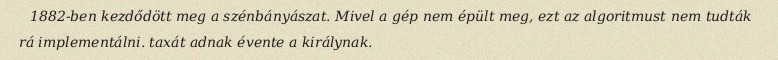
1882-ben kezdődött meg a szénbányászat. Mivel a gép nem épült meg, ezt az algoritmust nem tudták rá implementálni. taxát adnak évente a királynak.